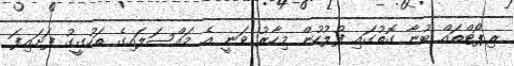
ރިޕޯޓްތައް ބުނާ ގޮތުގައި ފުލުހުން މިހާރު ވަނީ އެ މައްސަލައިގެ ތަހުގީގު ފަށައިފަ